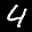
Label: 4